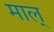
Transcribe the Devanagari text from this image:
माल्